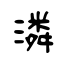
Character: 潾